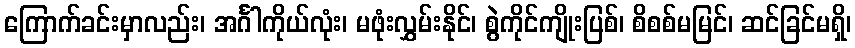
ကြောက်ခင်းမှာလည်း၊ အင်္ဂါကိုယ်လုံး၊ မဖုံးလွှမ်းနိုင်၊ စွဲကိုင်ကျိုးပြစ်၊ စိစစ်မမြင်၊ ဆင်ခြင်မရှိ၊